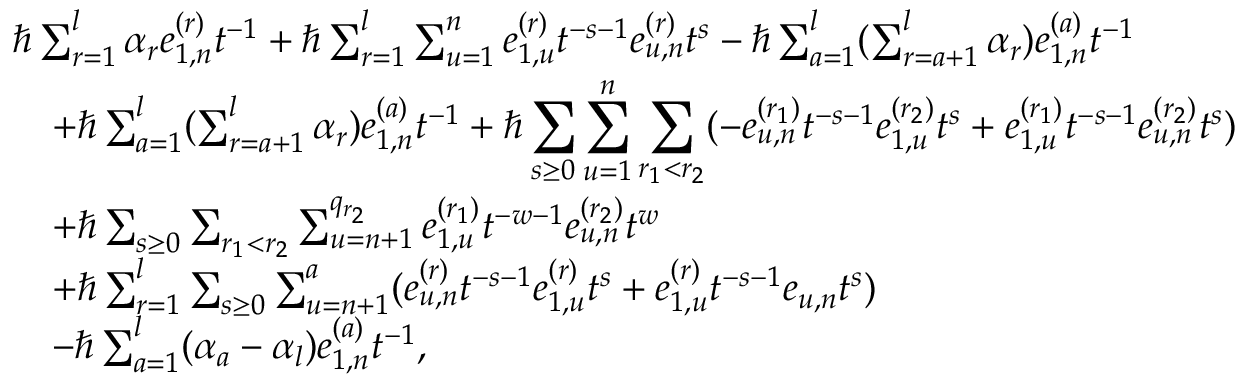
\begin{array} { r l } & { \hbar \sum _ { r = 1 } ^ { l } \alpha _ { r } e _ { 1 , n } ^ { ( r ) } t ^ { - 1 } + \hbar \sum _ { r = 1 } ^ { l } \sum _ { u = 1 } ^ { n } e _ { 1 , u } ^ { ( r ) } t ^ { - s - 1 } e _ { u , n } ^ { ( r ) } t ^ { s } - \hbar \sum _ { a = 1 } ^ { l } ( \sum _ { r = a + 1 } ^ { l } \alpha _ { r } ) e _ { 1 , n } ^ { ( a ) } t ^ { - 1 } } \\ & { \quad + \hbar \sum _ { a = 1 } ^ { l } ( \sum _ { r = a + 1 } ^ { l } \alpha _ { r } ) e _ { 1 , n } ^ { ( a ) } t ^ { - 1 } + \hbar \displaystyle \sum _ { s \geq 0 } \displaystyle \sum _ { u = 1 } ^ { n } \sum _ { r _ { 1 } < r _ { 2 } } ( - e _ { u , n } ^ { ( r _ { 1 } ) } t ^ { - s - 1 } e _ { 1 , u } ^ { ( r _ { 2 } ) } t ^ { s } + e _ { 1 , u } ^ { ( r _ { 1 } ) } t ^ { - s - 1 } e _ { u , n } ^ { ( r _ { 2 } ) } t ^ { s } ) } \\ & { \quad + \hbar \sum _ { s \geq 0 } \sum _ { r _ { 1 } < r _ { 2 } } \sum _ { u = n + 1 } ^ { q _ { r _ { 2 } } } e _ { 1 , u } ^ { ( r _ { 1 } ) } t ^ { - w - 1 } e _ { u , n } ^ { ( r _ { 2 } ) } t ^ { w } } \\ & { \quad + \hbar \sum _ { r = 1 } ^ { l } \sum _ { s \geq 0 } \sum _ { u = n + 1 } ^ { a } ( e _ { u , n } ^ { ( r ) } t ^ { - s - 1 } e _ { 1 , u } ^ { ( r ) } t ^ { s } + e _ { 1 , u } ^ { ( r ) } t ^ { - s - 1 } e _ { u , n } t ^ { s } ) } \\ & { \quad - \hbar \sum _ { a = 1 } ^ { l } ( \alpha _ { a } - \alpha _ { l } ) e _ { 1 , n } ^ { ( a ) } t ^ { - 1 } , } \end{array}